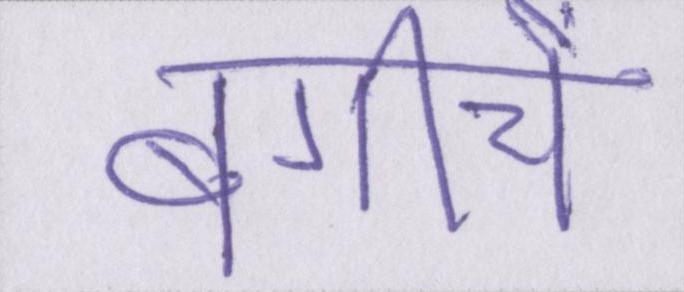
बगीचे